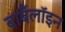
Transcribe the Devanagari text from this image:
बार्बैलॉइन